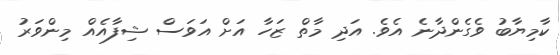
ކާމިޔާބު ވެގެންދާނެ އެވެ. އަދި މާތް ޒަހާ އަށް އަވަސް ޝިފާއެއް މިންވަރު